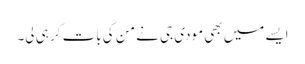
ایسے میں بھی مودی جی نے من کی بات کر ہی لی۔